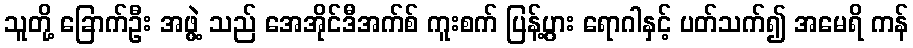
သူတို့ ခြောက်ဦး အဖွဲ့ သည် အေအိုင်ဒီအက်စ် ကူးစက် ပြန့်ပွား ရောဂါနှင့် ပတ်သက်၍ အမေရိ ကန်